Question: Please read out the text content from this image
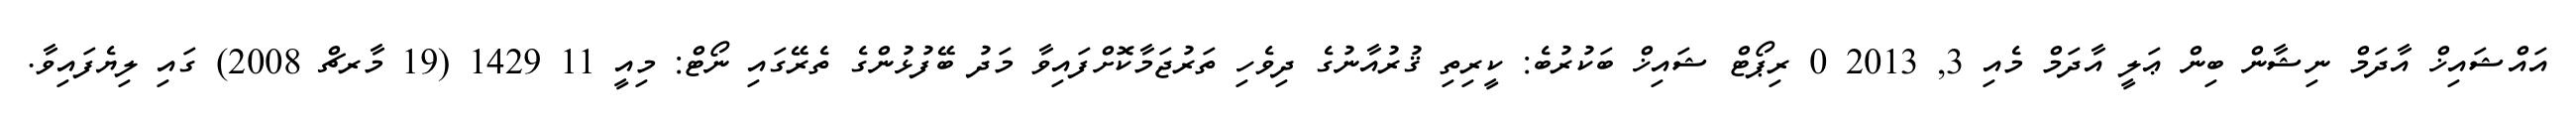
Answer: އައްޝައިޚް އާދަމް ނިޝާން ބިން ޢަލީ އާދަމް މެއި 3, 2013 0 ރިޕޯޓް ޝައިޚް ބަކުރުބެ: ކީރިތި ޤުރުއާނުގެ ދިވެހި ތަރުޖަމާކޮށްފައިވާ މަދު ބޭފުޅުންގެ ތެރޭގައި ނޯޓް: މިއީ 11 1429 (19 މާރޗް 2008) ގައި ލިޔެފައިވާ.